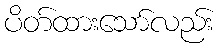
ပိတ်ထားသော်လည်း